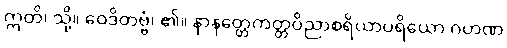
ဣတိ၊ သို့။ ဝေဒိတဗ္ဗံ၊ ၏။ နာနတ္တေကတ္တဝိညာစရိယာပရိယော ဂဟဏ